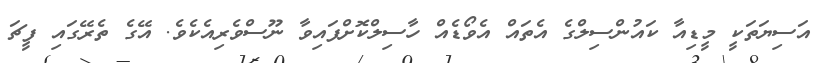
އަސިޔަތަކީ މީޑިއާ ކައުންސިލްގެ އެތައް އެވޯޑެއް ހާސިލްކޮށްފައިވާ ނޫސްވެރިއެކެވެ. އޭގެ ތެރޭގައި ފީޗަ